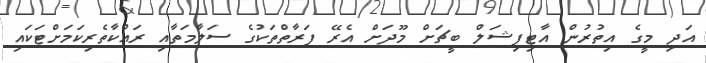
އަދި މީގެ އިތުރުން އާޓިފިޝަލް ބީޗަށް މޫދަށް އެރޭ ފަރާތްތަކުގެ ސަަލާމަތާއި ރައްކާތެރިކަމަށްޓަކައި